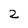
Character: 2